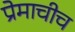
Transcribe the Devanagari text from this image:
प्रेमाचीच